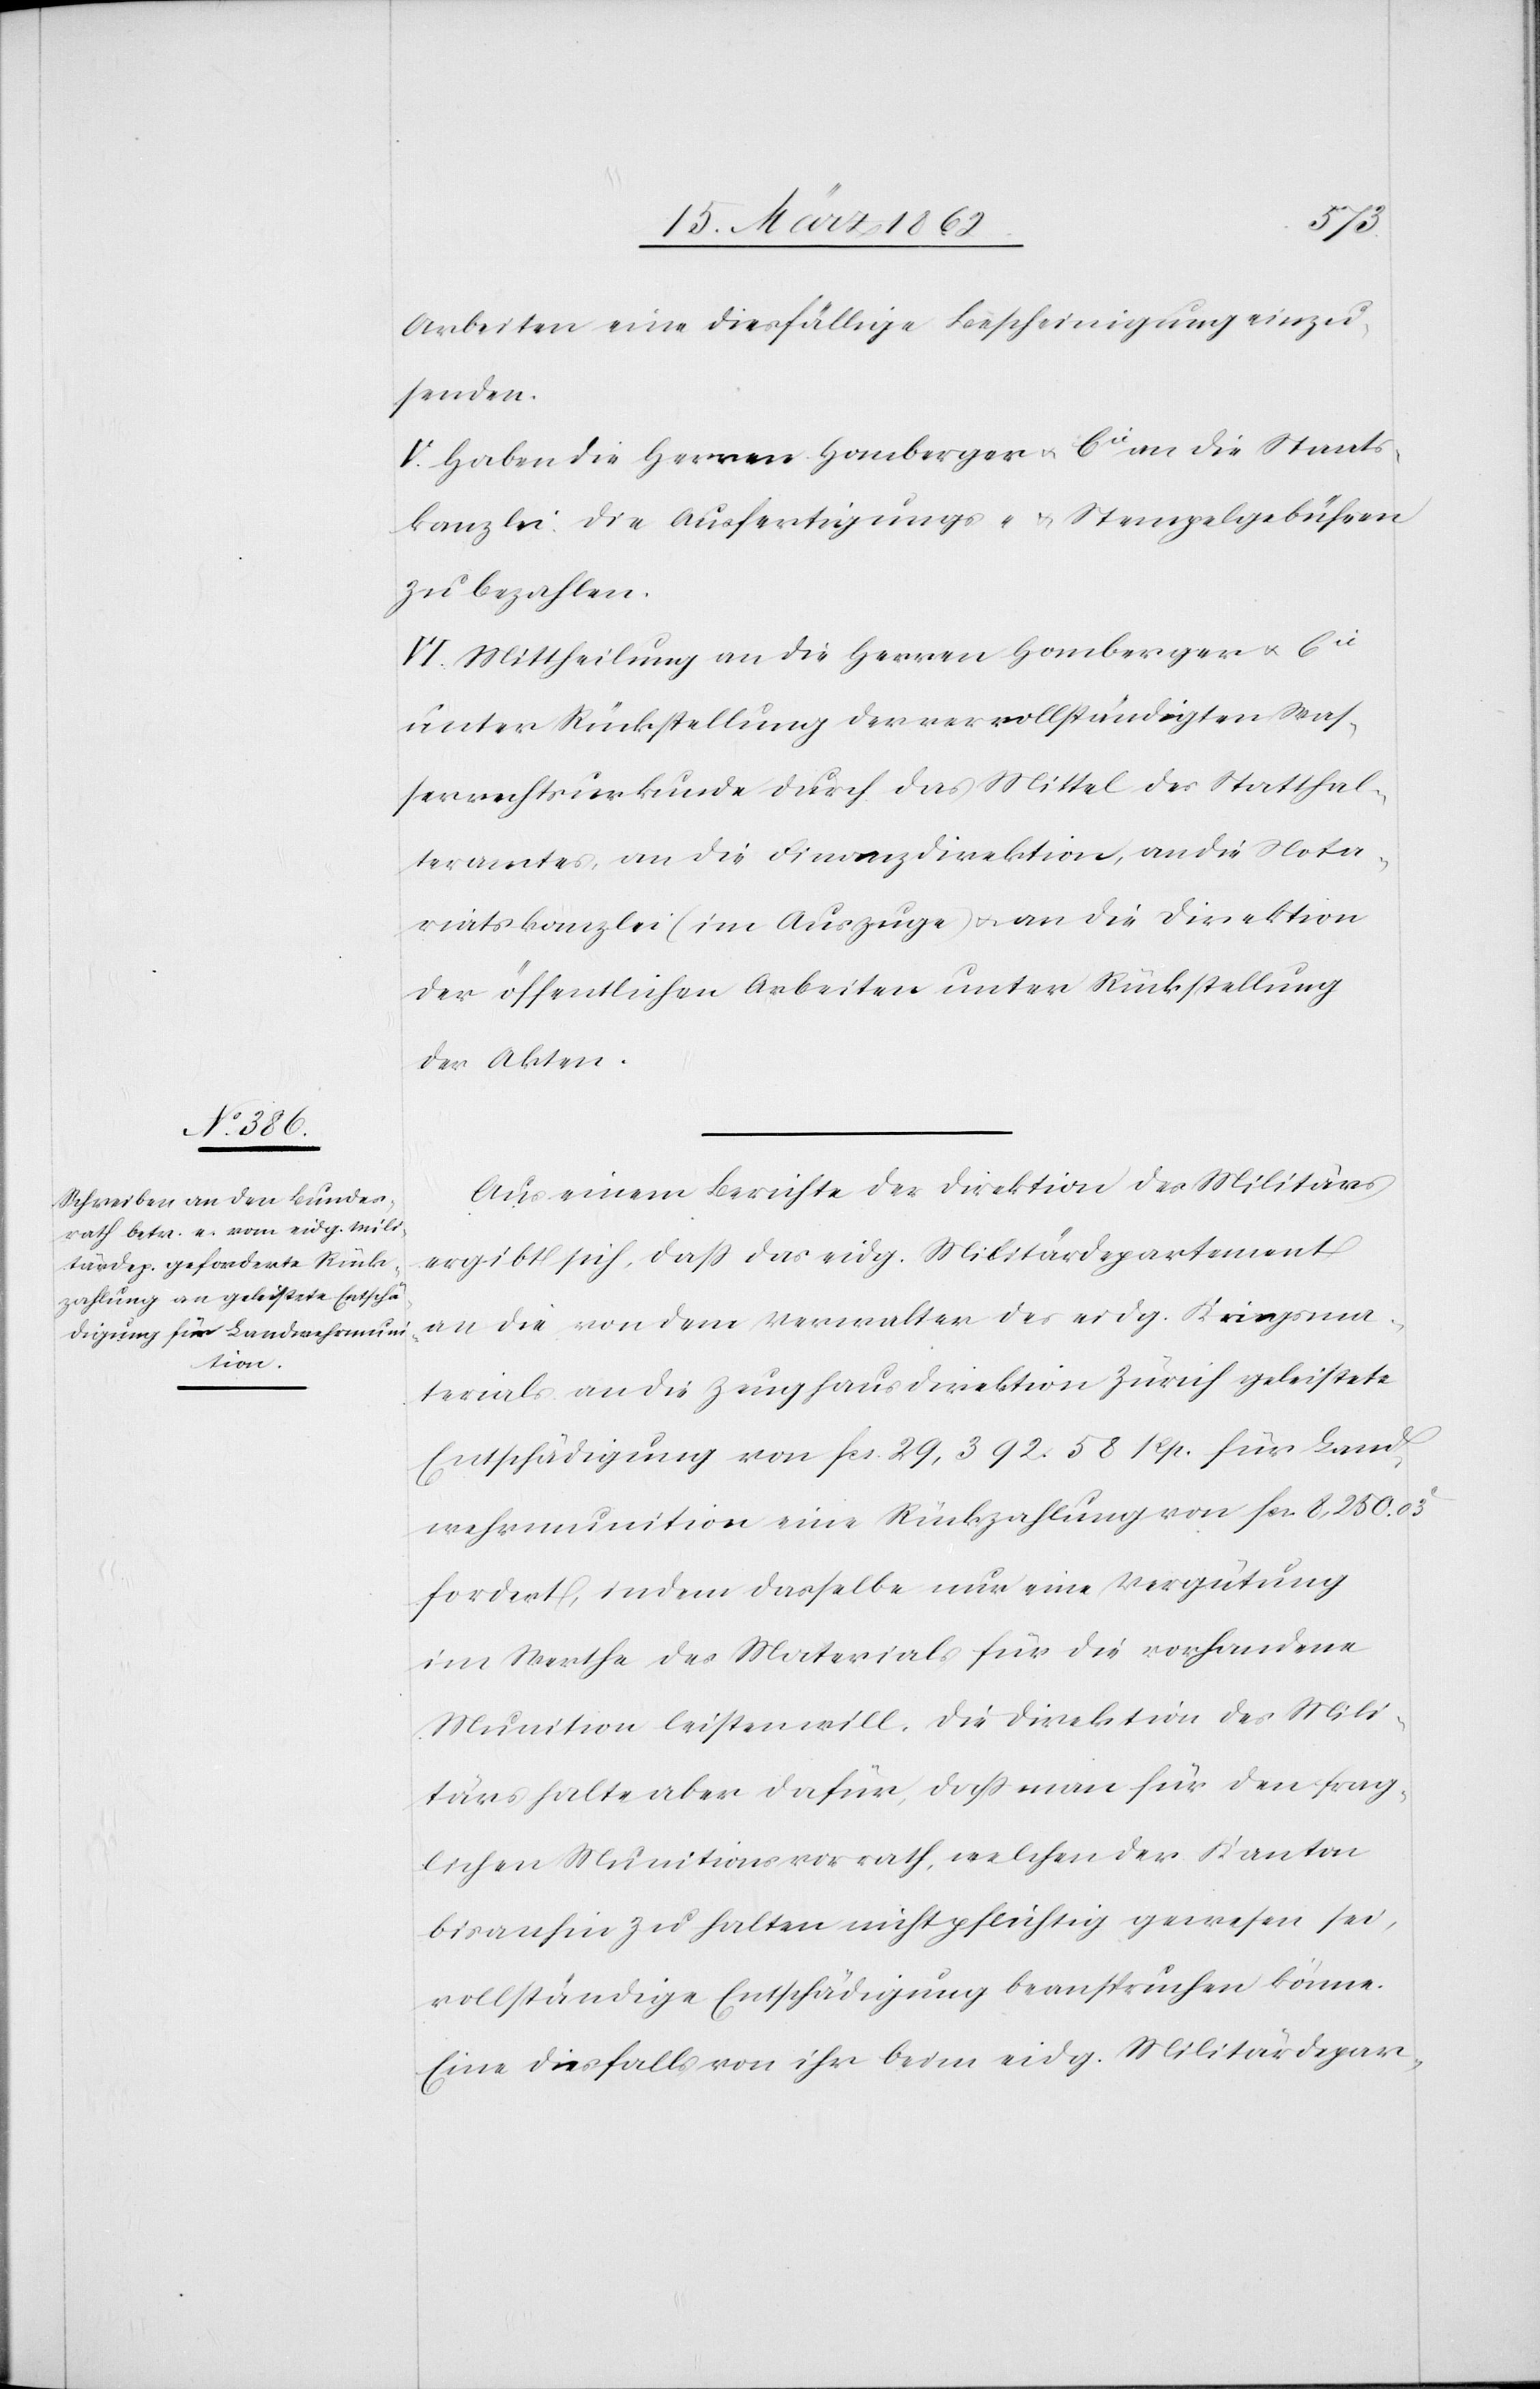
Arbeiten eine diesfällige Bescheinigung einzu¬
senden.
V. Haben die Herren Homberger u. Cie an die Staats¬
kanzlei die Ausfertigungs- u. Stempelgebühren
zu bezahlen.
VI. Mittheilung an die Herren Homberger u. Cie
unter Rückstellung der vervollständigten Was¬
serrechtsurkunde durch das Mittel ders Statthal¬
teramtes, an die Finanzdirektion, an die Nota¬
riatskanzlei (im Auszuge) u. an die Direktion
der öffentlichen Arbeiten unter Rückstellung
der Akten.
Aus einem Berichte der Direktion des Militärs
ergibt sich, daß das eidg. Militärdepartement
an die von dem Verwalter des eidg. Kriegsma¬
terials an die Zeughausdirektion Zürich geleistete
Entschädigung von fcs. 29,392.58 Rp. für Land¬
wehrmunition eine Rückzahlung von fcs. 8,250.03
fordert, indem dasselbe nur eine Vergütung
im Werthe des Materials für die vorhandene
Munition leisten will. Die Direktion des Mili¬
tärs halte aber dafür, daß man für den frag¬
lichen Munitionsvorrath, welchen der Kanton
bis anhin zu halten nicht pflichtig gewesen sei,
vollständige Entschädigung beanspruchen könne.
Eine deshalb von ihr beim eidg. Militärdepar-